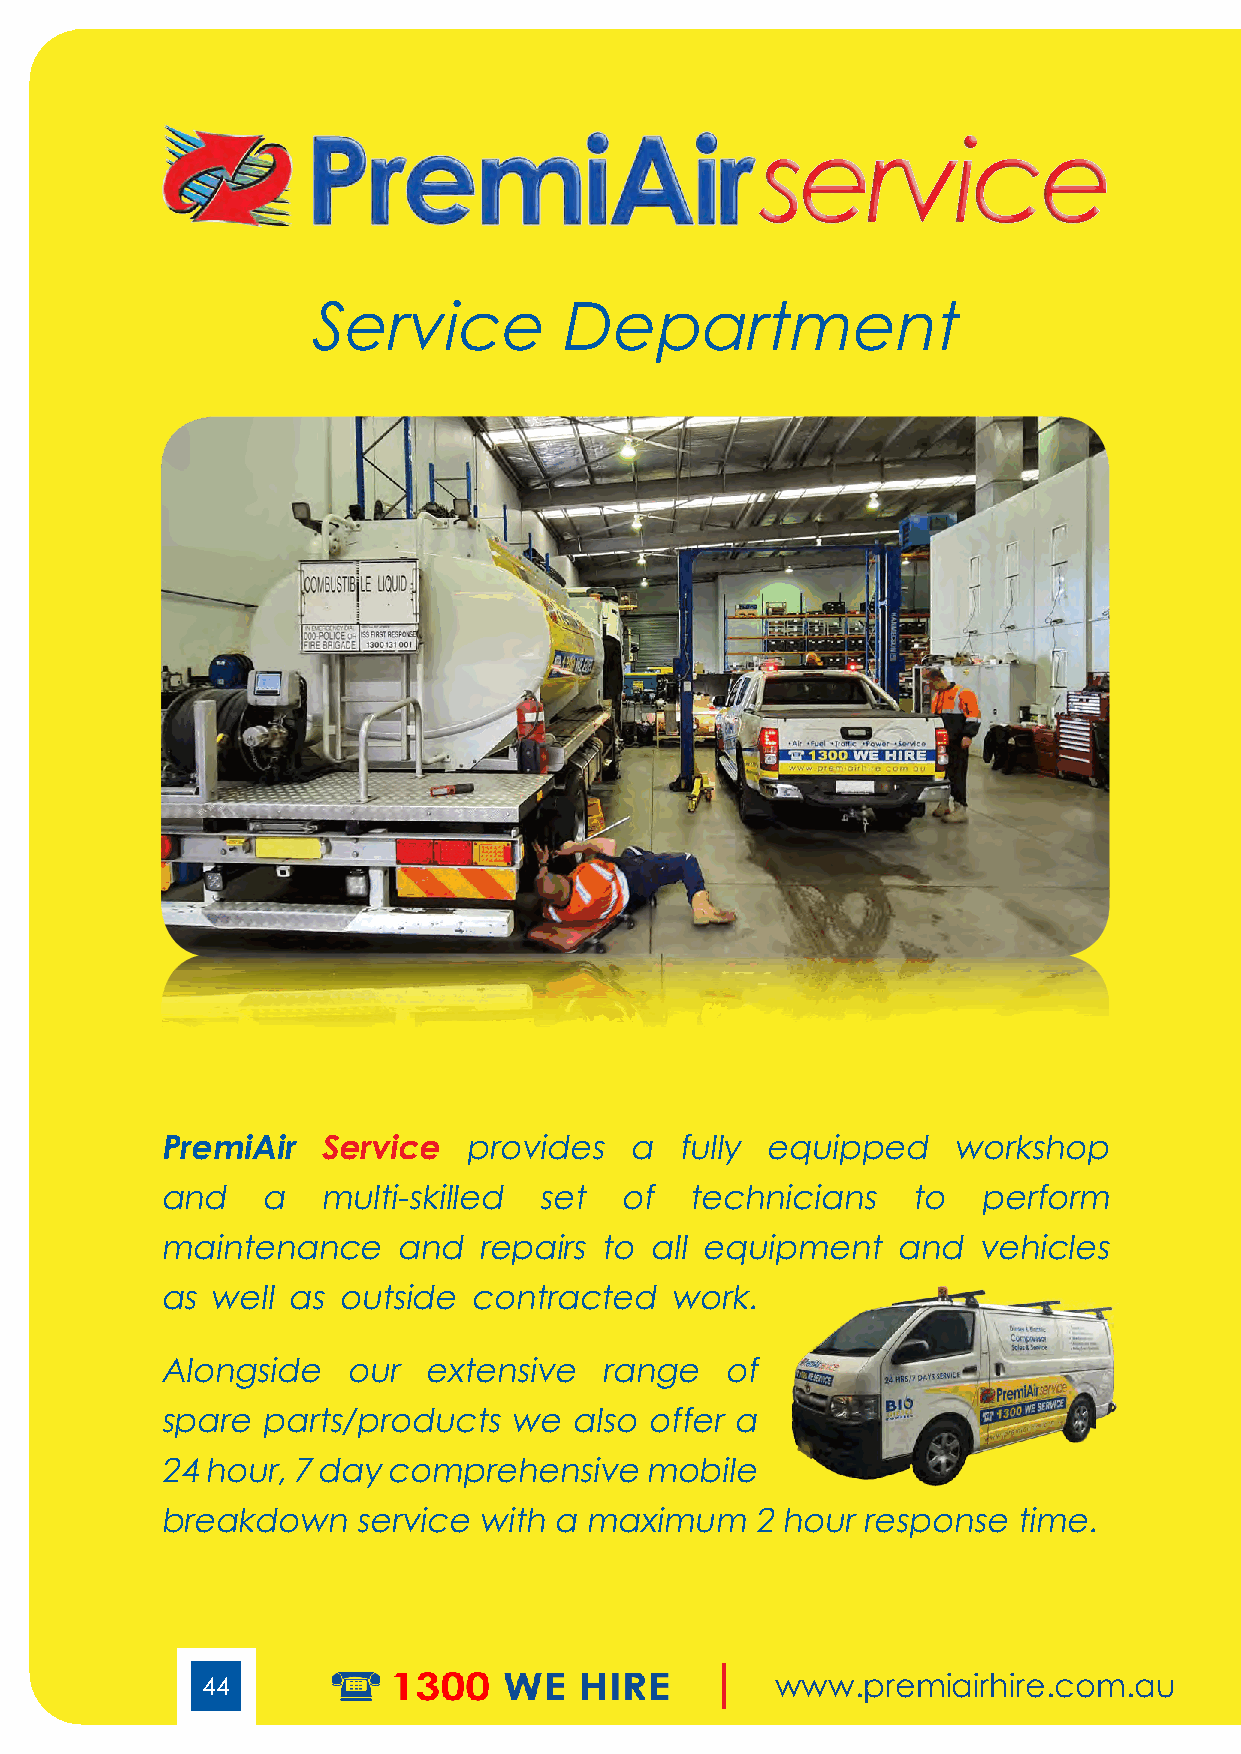
service
 Service         De    partment
 PremiAir  Service   provides   a  fully equipped    workshop
 and   a   multi-skilled  set  of   technicians   to   perform
 maintenance    and   repairs to all equipment   and   vehicles
 as well as outside  contracted   work.
 Alongside   our  extensive   range   of
 spare parts/products   we  also offer a
 24 hour, 7 day comprehensive    mobile
 breakdown    service with a maximum    2 hour response  time.
 44                                    www.premiairhire.com.au